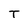
Character: T